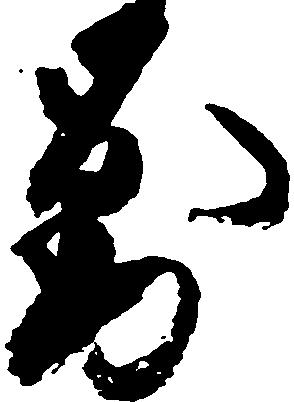
対